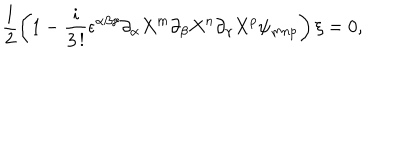
\frac { 1 } { 2 } \left( 1 - \frac { i } { 3 \, ! } \epsilon ^ { \alpha \beta \gamma } \partial _ { \alpha } X ^ { m } \partial _ { \beta } X ^ { n } \partial _ { \gamma } X ^ { p } \psi _ { m n p } \right) \xi = 0 ,